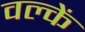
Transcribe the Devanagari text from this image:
वल्कें